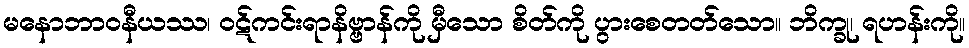
မနောဘာဝနီယဿ၊ ဝဋ်ကင်းရာနိဗ္ဗာန်ကို မှီသော စိတ်ကို ပွားစေတတ်သော။ ဘိက္ခု၊ ရဟန်းကို။